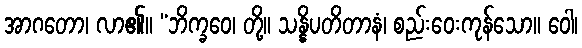
အာဂတော၊ လာ၏။ “ဘိက္ခဝေ၊ တို့။ သန္နိပတိတာနံ၊ စည်းဝေးကုန်သော။ ဝေါ၊